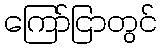
ကြော်ငြာတွင်